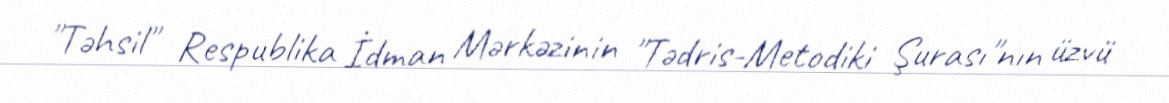
"Təhsil" Respublika İdman Mərkəzinin "Tədris-Metodiki Şurası"nın üzvü